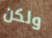
ولكن